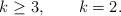
LaTeX: \begin{align*} k\geq3,\qquad k=2.\end{align*}